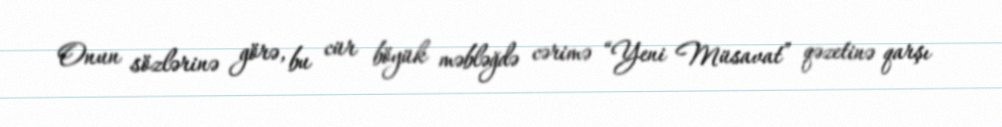
Onun sözlərinə görə, bu cür böyük məbləğdə cərimə “Yeni Müsavat” qəzetinə qarşı